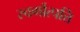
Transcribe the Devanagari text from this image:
स्वर्गोत्पत्ति